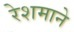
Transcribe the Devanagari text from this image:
रेशमाने